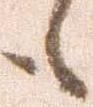
も